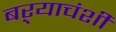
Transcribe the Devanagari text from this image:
बऱ्याचंशी